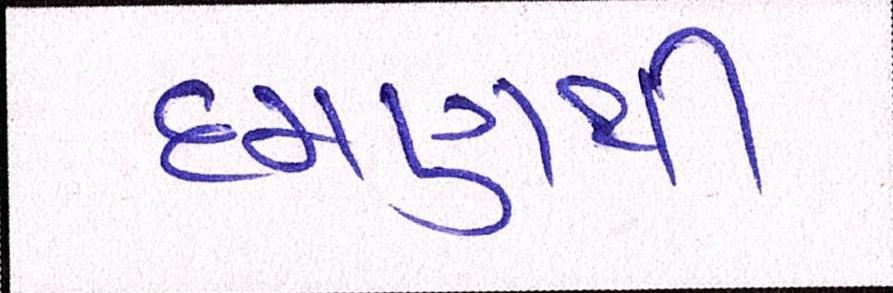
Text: દમણથી